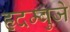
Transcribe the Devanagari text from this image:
हृदम्बुजे